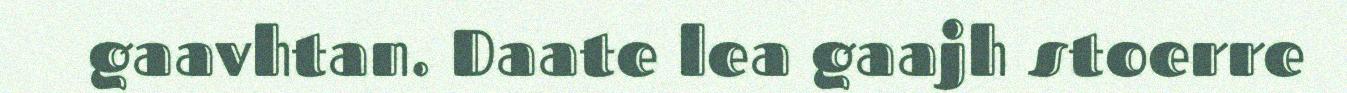
gaavhtan. Daate lea gaajh stoerre